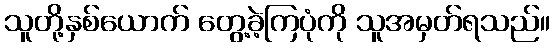
သူတို့နှစ်ယောက် တွေ့ခဲ့ကြပုံကို သူအမှတ်ရသည်။